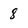
Character: 8